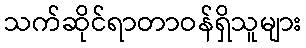
သက်ဆိုင်ရာတာဝန်ရှိသူများ